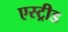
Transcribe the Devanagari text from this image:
एस्ट्रीड